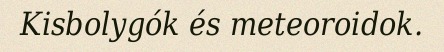
Kisbolygók és meteoroidok.